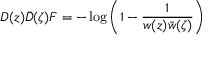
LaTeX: D ( z ) \bar { D } ( \zeta ) F = - \log \left( 1 - \frac 1 { w ( z ) \bar { w } ( \zeta ) } \right)